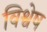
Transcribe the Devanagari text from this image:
विश्वेष